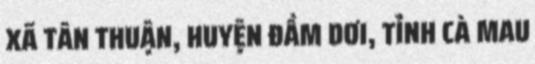
XÃ TÂN THUẬN, HUYỆN ĐẦM DƠI, TỈNH CÀ MAU